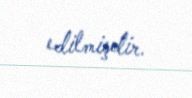
edilmişdir.